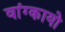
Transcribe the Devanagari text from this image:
वांग्कायो